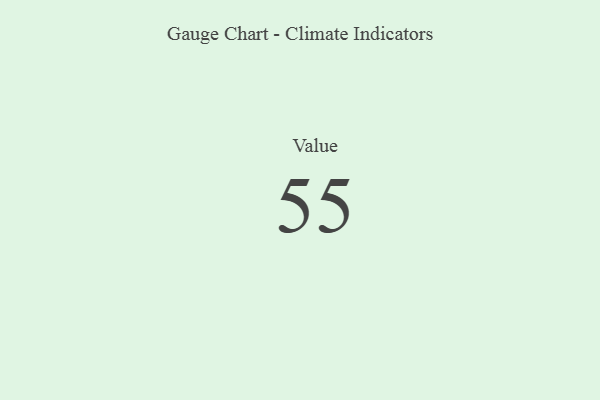
{"axis": {"x": "Metric", "y": "Value"}, "legend": [""], "data": [{"x": "Value", "y": 55, "type": ""}]}